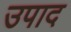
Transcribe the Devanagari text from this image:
उपाद